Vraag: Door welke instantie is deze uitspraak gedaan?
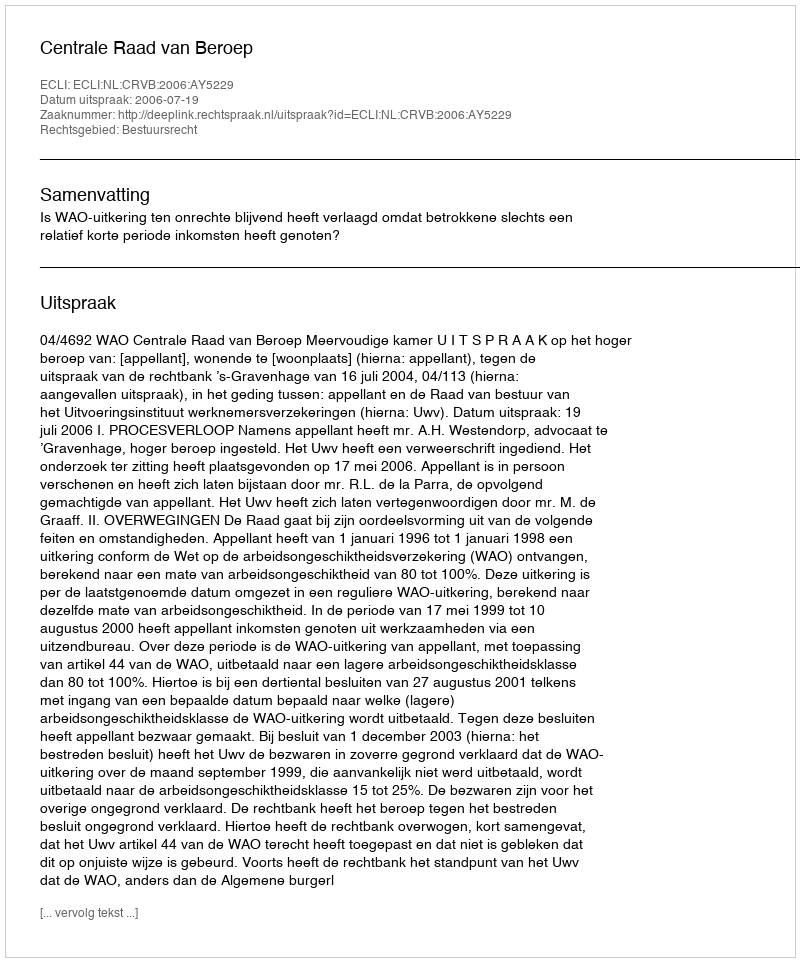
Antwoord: Centrale Raad van Beroep